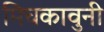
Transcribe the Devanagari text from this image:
मिचकावुनी